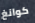
كوانغ